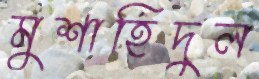
মুশাহিদুল